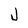
Character: J